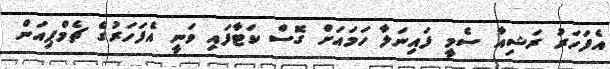
އެފަހަރު ރަޝިއާ ސެމީ ފައިނަލާ ހަމައަށް ގޮސް ކަޓާފައި ވަނީ އެފަހަރުގެ ޗެމްޕިއަން